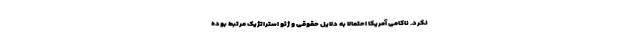
نکرد. ناکامی آمریکا احتمالا به دلایل حقوقی و ژئو استراتژیک مرتبط بوده